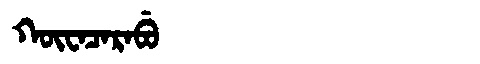
Manchu: ᡴᡡᠸᠠᠴᠠᡵᠠᠪᡠ
Romanization: KŪWACARABU